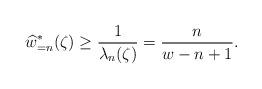
LaTeX: \begin{align*} \widehat{w}_{=n}^{\ast}(\zeta)\geq \frac{1}{\lambda_{n}(\zeta)}=\frac{n}{w-n+1}.\end{align*}